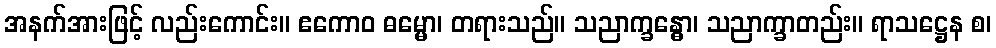
အနက်အားဖြင့် လည်းကောင်း။ ဧကောဝ ဓမ္မော၊ တရားသည်။ သညာက္ခန္ဓော၊ သညာက္ခာတည်း။ ရာသဋ္ဌေန စ၊